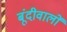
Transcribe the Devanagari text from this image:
बूंदीवालों